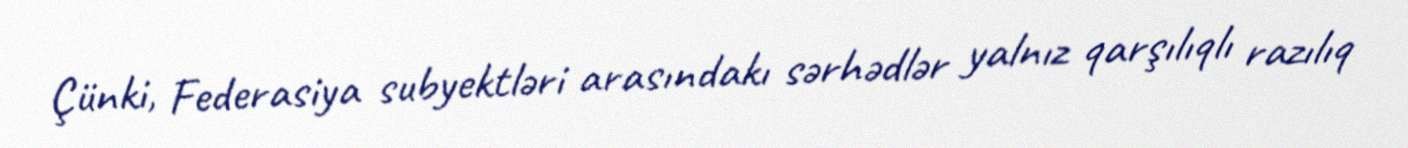
Çünki, Federasiya subyektləri arasındakı sərhədlər yalnız qarşılıqlı razılıq